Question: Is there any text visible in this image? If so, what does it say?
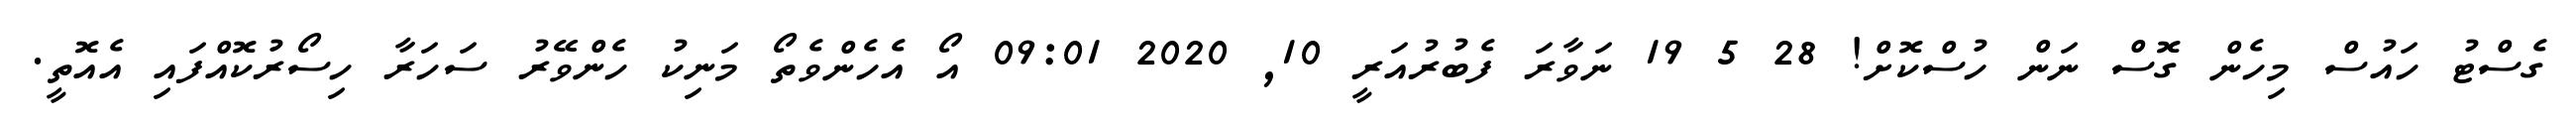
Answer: ގެސްޓު ހައުސް މިހެން ގޮސް ނަން ހުސްކޮށް! 28 5 19 ނަވާރަ ފެބުރުއަރީ 10, 2020 09:01 އޯ އެހެންވެތޯ މަނިކު ހެންވޭރު ސަހަރާ ހިސޯރުކޮއްފައި އެއޮތީ.